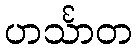
ဟင်္သာတ